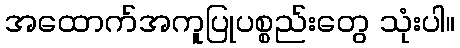
အထောက်အကူပြုပစ္စည်းတွေ သုံးပါ။